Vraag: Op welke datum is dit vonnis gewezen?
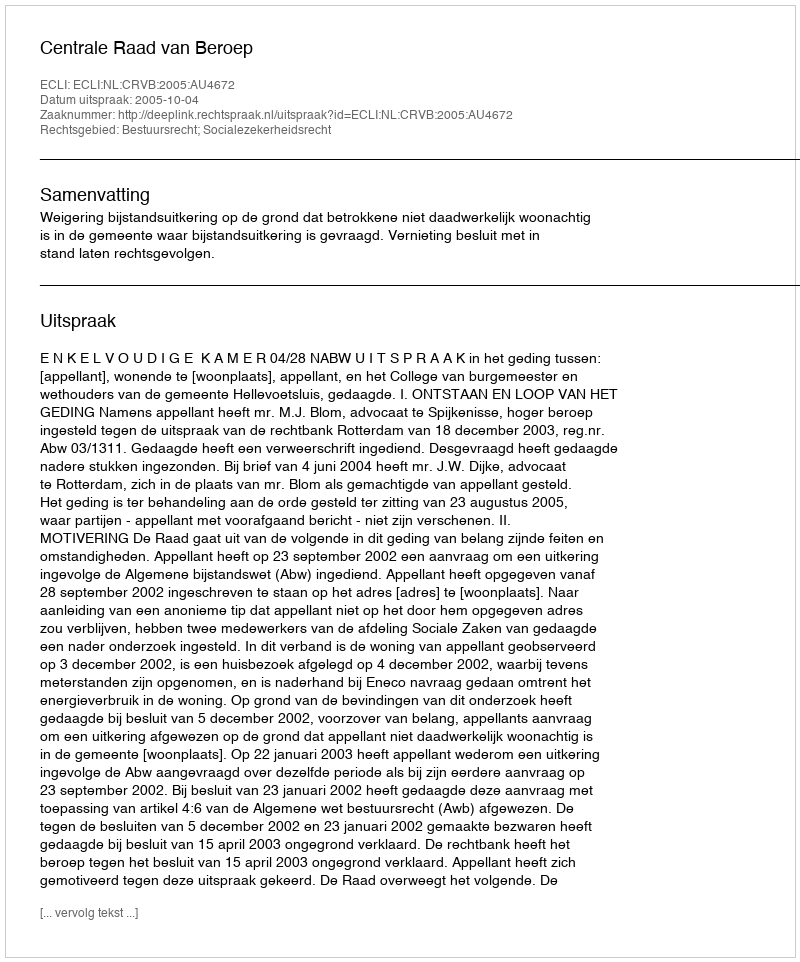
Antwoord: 2005-10-04